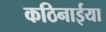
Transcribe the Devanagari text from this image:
कठिनाईया